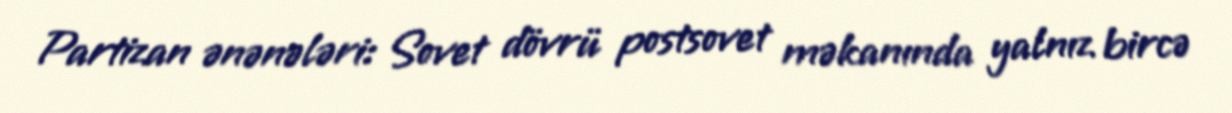
Partizan ənənələri: Sovet dövrü postsovet məkanında yalnız bircə